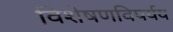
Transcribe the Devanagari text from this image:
विशेषणविपर्यय